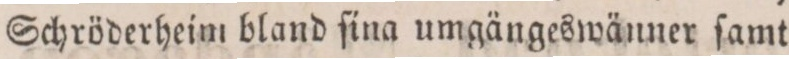
Schröderheim bland ſina umgängeswänner ſamt